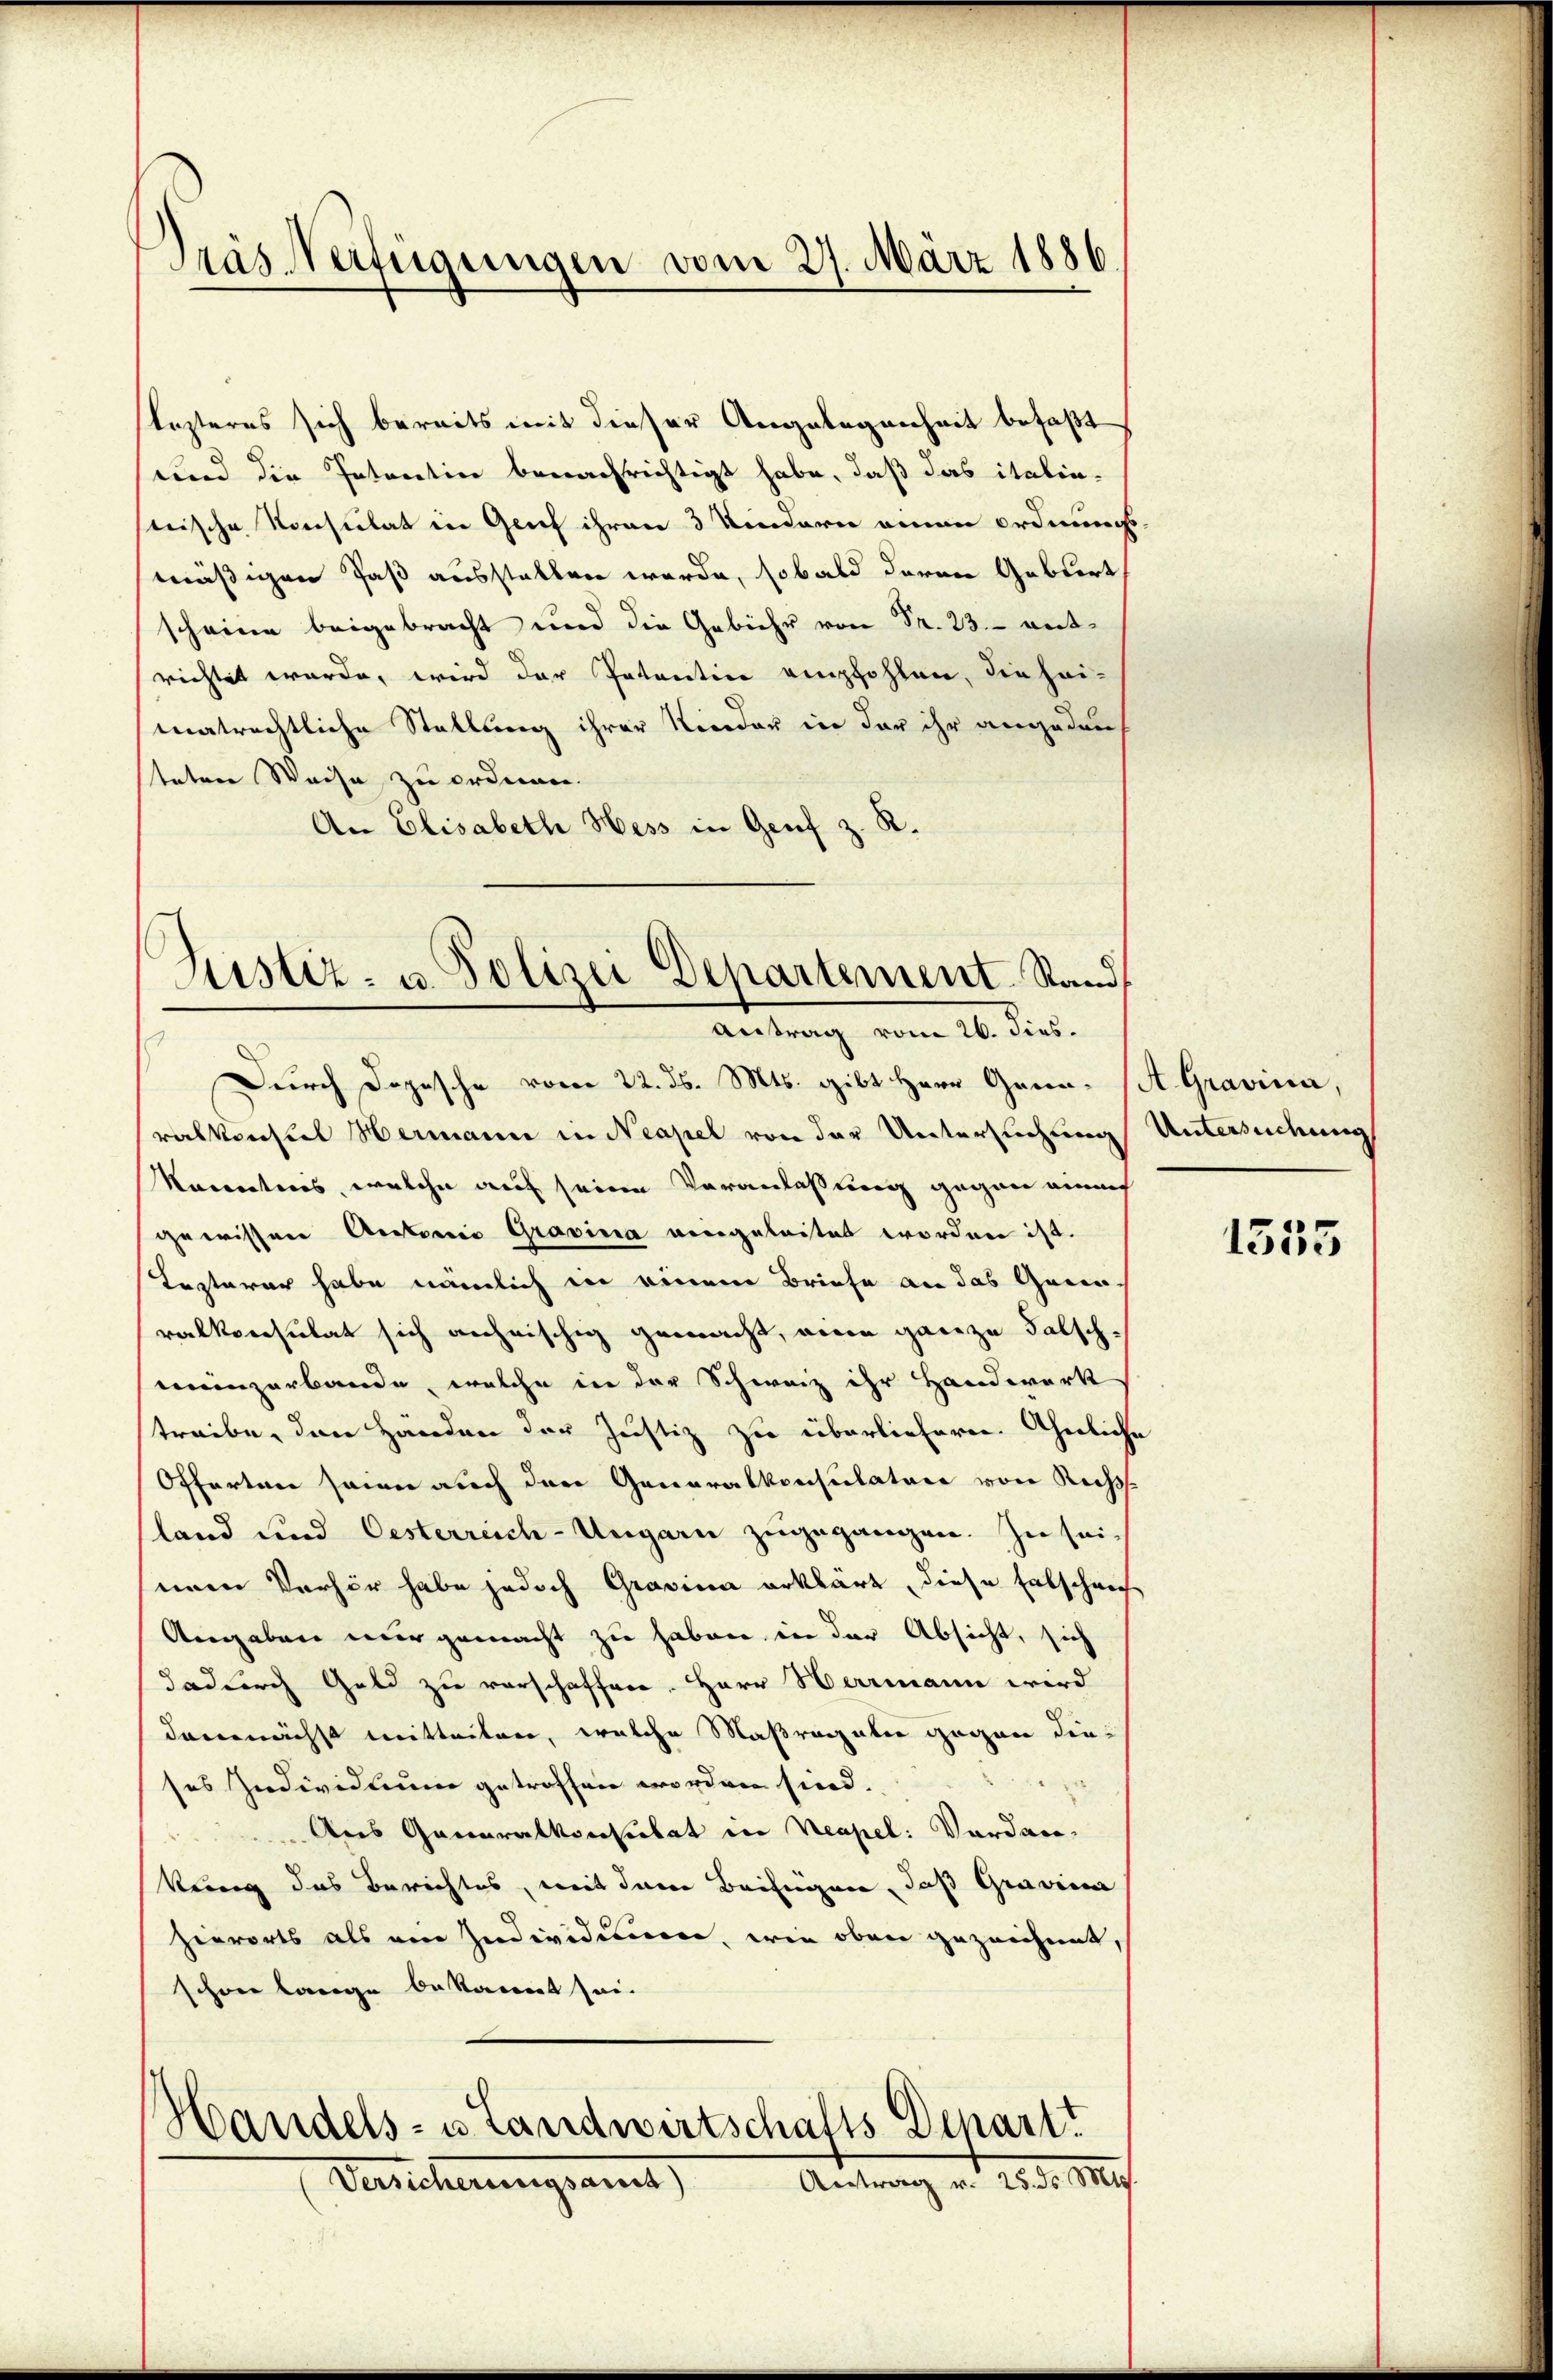
Dräs Verfügungen vom 27. März 1886

lezteres sich bereits mit dieser Angelegenheit befaßt
und die Intentin benachrichtigt habe, daß das italin-
stische Konsulat in Genf ihren 3 Kindern einen ordnungs
mäßigen Paß ausstellen werde, sobald daran Gebiert
scheine beigebracht und die Gebühr von Fr. 23. Beitrichtet werde, wird der Patentin empfohlen, die heimatrechtliche Stellung ihrer Nieder in der ihr angeden
stature Weise zu orden.
An Elisabeth Hess in Genf z. R.
Justiz- u. Polizei Departement. Stand,

Antrag vom 26. dies.

Durch Dogesche vom 22. ds. Mts. gibt Herr Grün- (A. Gravina,
ralkonsul Hermann in Neapel von der Untersuchung Untersuchung
Monaters, welche auf seine Veranlassung gegen einauf
gewissen Actorio Gravina eingeleitet worden ist.
Lezterer habe nämlich in einem Briefe an das Garen-
ralkonsulat sich anheischig gemacht, ein ganze Falschmenzarbande, welche in der Schweiz ihr Handwerk
treibe, den Händen der Justiz zu überliefern. Ähnliche
Offerten seien auch den Generalkonsulature von Rech
land und Oesterreich-Ungarn zugegangen. In seieinen Verhör habe jedoch Gravina erklärt, diese Entschei
Angaben nur gemacht zu haben in der Absicht, sich
dadurch Geld zu verschaffen. Herr Herrmann wird
demnächst mitteilen, welche Maßregalie gegen dieses Individuum getroffen worden sind.
Aus Generalkonsulat in Neapel: Verdan-

kung das Berichtes, mit dem Beifügen, daß Gravina
zeerorts als ein Individiere, wie oben gezeichnet,
schon lange bekannt sei.
Handels- u Landwirtschafts Depart
Antrag v. 25. d. M
Versicherungsans

1555